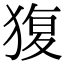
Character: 𤟱